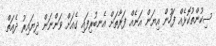
ސިކުންތުކޮޅެއް ފަހުން އިޔަން އަނެއް ފަރާތަށް އެނބުރިފައި ގެއަށް ވަންނަން ދިޔައިރު ދެއަތް